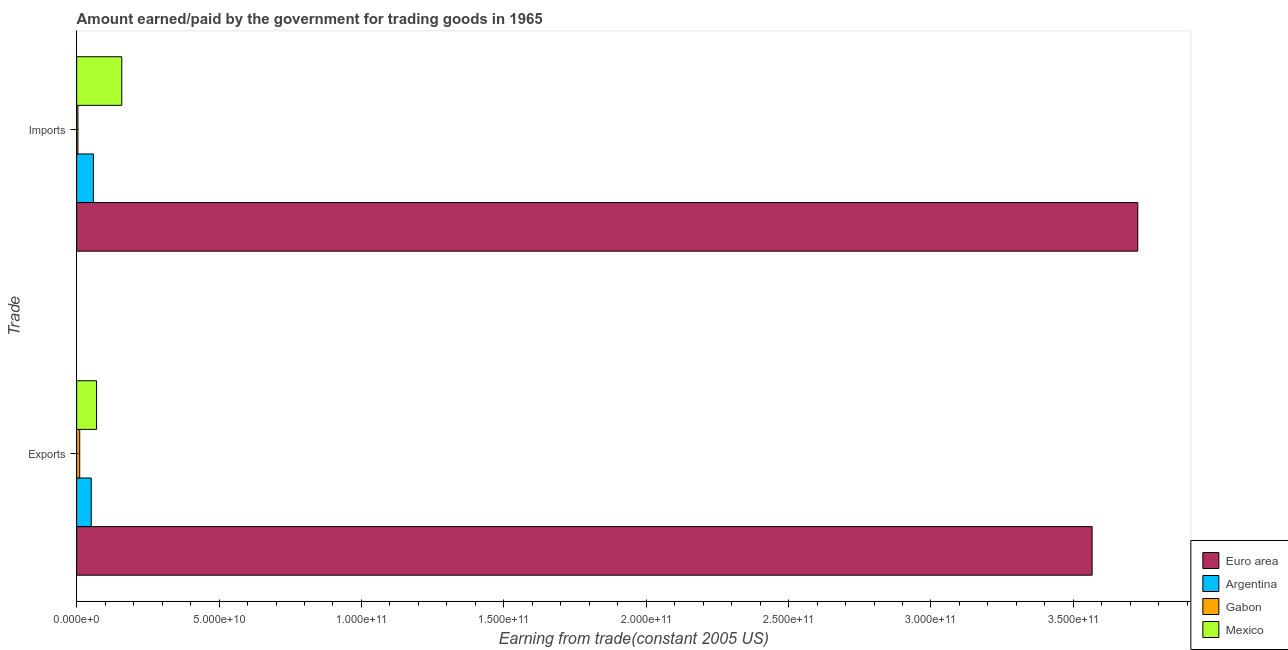
| Trade | Euro area | Argentina | Gabon | Mexico |
 | --- | --- | --- | --- | --- |
 | Exports | 3.57e+11 | 5.12e+09 | 1.07e+09 | 6.99e+09 |
 | Imports | 3.73e+11 | 5.87e+09 | 4.46e+08 | 1.58e+10 |